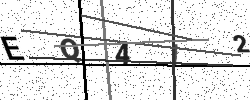
Text: EQ4I2